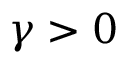
\gamma > 0